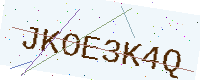
Text: JKOE3K4Q